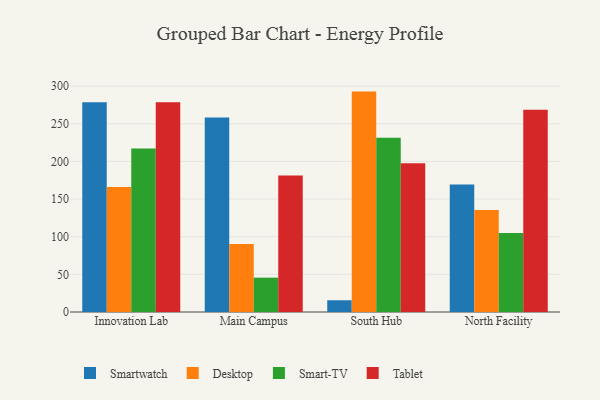
{"axis": {"x": "Campus", "y": "Inventory Turnover"}, "legend": ["Desktop", "Smart-TV", "Smartwatch", "Tablet"], "data": [{"x": "Innovation Lab", "y": 278.6, "type": "Smartwatch"}, {"x": "Innovation Lab", "y": 166.0, "type": "Desktop"}, {"x": "Innovation Lab", "y": 217.3, "type": "Smart-TV"}, {"x": "Innovation Lab", "y": 278.4, "type": "Tablet"}, {"x": "Main Campus", "y": 258.3, "type": "Smartwatch"}, {"x": "Main Campus", "y": 90.4, "type": "Desktop"}, {"x": "Main Campus", "y": 45.6, "type": "Smart-TV"}, {"x": "Main Campus", "y": 181.2, "type": "Tablet"}, {"x": "South Hub", "y": 15.6, "type": "Smartwatch"}, {"x": "South Hub", "y": 292.7, "type": "Desktop"}, {"x": "South Hub", "y": 231.3, "type": "Smart-TV"}, {"x": "South Hub", "y": 197.6, "type": "Tablet"}, {"x": "North Facility", "y": 169.3, "type": "Smartwatch"}, {"x": "North Facility", "y": 135.5, "type": "Desktop"}, {"x": "North Facility", "y": 104.9, "type": "Smart-TV"}, {"x": "North Facility", "y": 268.5, "type": "Tablet"}]}